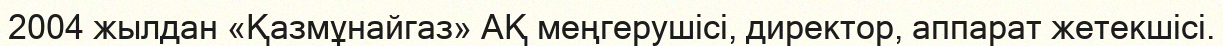
2004 жылдан «Қазмұнайгаз» АҚ меңгерушісі, директор, аппарат жетекшісі.